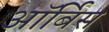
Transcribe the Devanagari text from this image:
ऑर्बिस